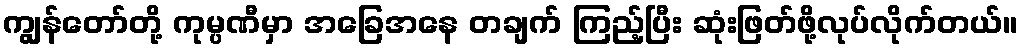
ကျွန်တော်တို့ ကုမ္ပဏီမှာ အခြေအနေ တချက် ကြည့်ပြီး ဆုံးဖြတ်ဖို့လုပ်လိုက်တယ်။